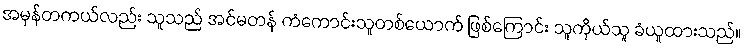
အမှန်တကယ်လည်း သူသည် အင်မတန် ကံကောင်းသူတစ်ယောက် ဖြစ်ကြောင်း သူကိုယ်သူ ခံယူထားသည်။